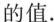
的值.